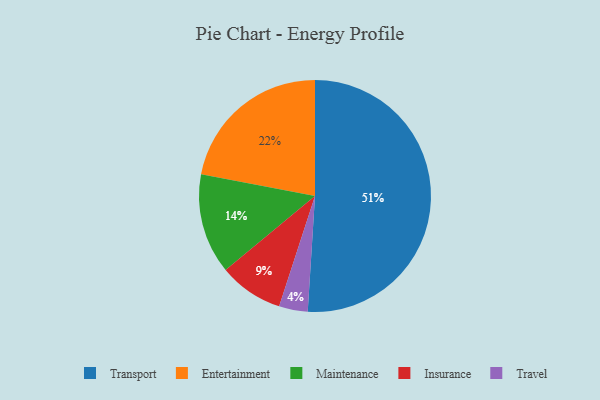
{"axis": {"x": "Category", "y": "Percentage"}, "legend": ["Entertainment", "Insurance", "Maintenance", "Transport", "Travel"], "data": [{"x": "Transport", "y": 51, "type": "Transport"}, {"x": "Maintenance", "y": 14, "type": "Maintenance"}, {"x": "Travel", "y": 4, "type": "Travel"}, {"x": "Insurance", "y": 9, "type": "Insurance"}, {"x": "Entertainment", "y": 22, "type": "Entertainment"}]}